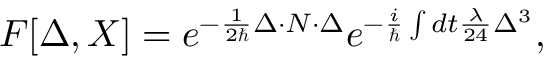
F [ \Delta , X ] = e ^ { - \frac { 1 } { 2 \hbar } \Delta \cdot N \cdot \Delta } e ^ { - \frac { i } { \hbar } \int d t { \frac { \lambda } { 2 4 } } \Delta ^ { 3 } } \mathrm { , }